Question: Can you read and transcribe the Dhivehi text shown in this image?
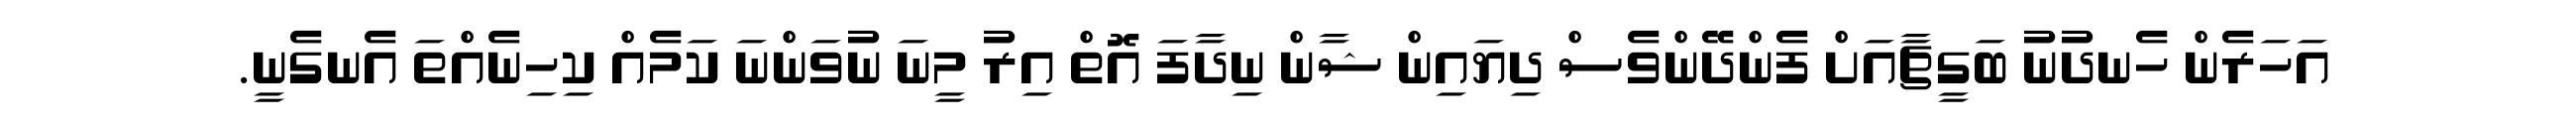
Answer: އަހަރެން ހެނދުނު ބަގީޗާއަށް ފެންދޭންވެސް ދިޔައިން ޝާން ނިދާފަ އޮތް އިރު މީނަ ނުވަންނަ ކަމެއް ކިހިނެއްތަ އެނގެނީ.